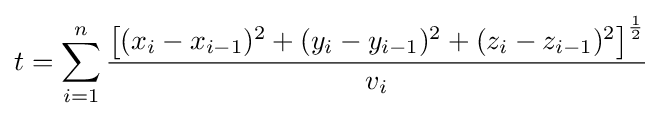
t=\sum _{i=1}^{n}{\frac {{\big [}(x_{i}-x_{i-1})^{2}+(y_{i}-y_{i-1})^{2}+(z_{i}-z_{i-1})^{2}{\big ]}^{\frac {1}{2}}}{v_{i}}}